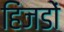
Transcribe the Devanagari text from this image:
हिंजडों